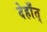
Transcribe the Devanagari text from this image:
देहाँत्